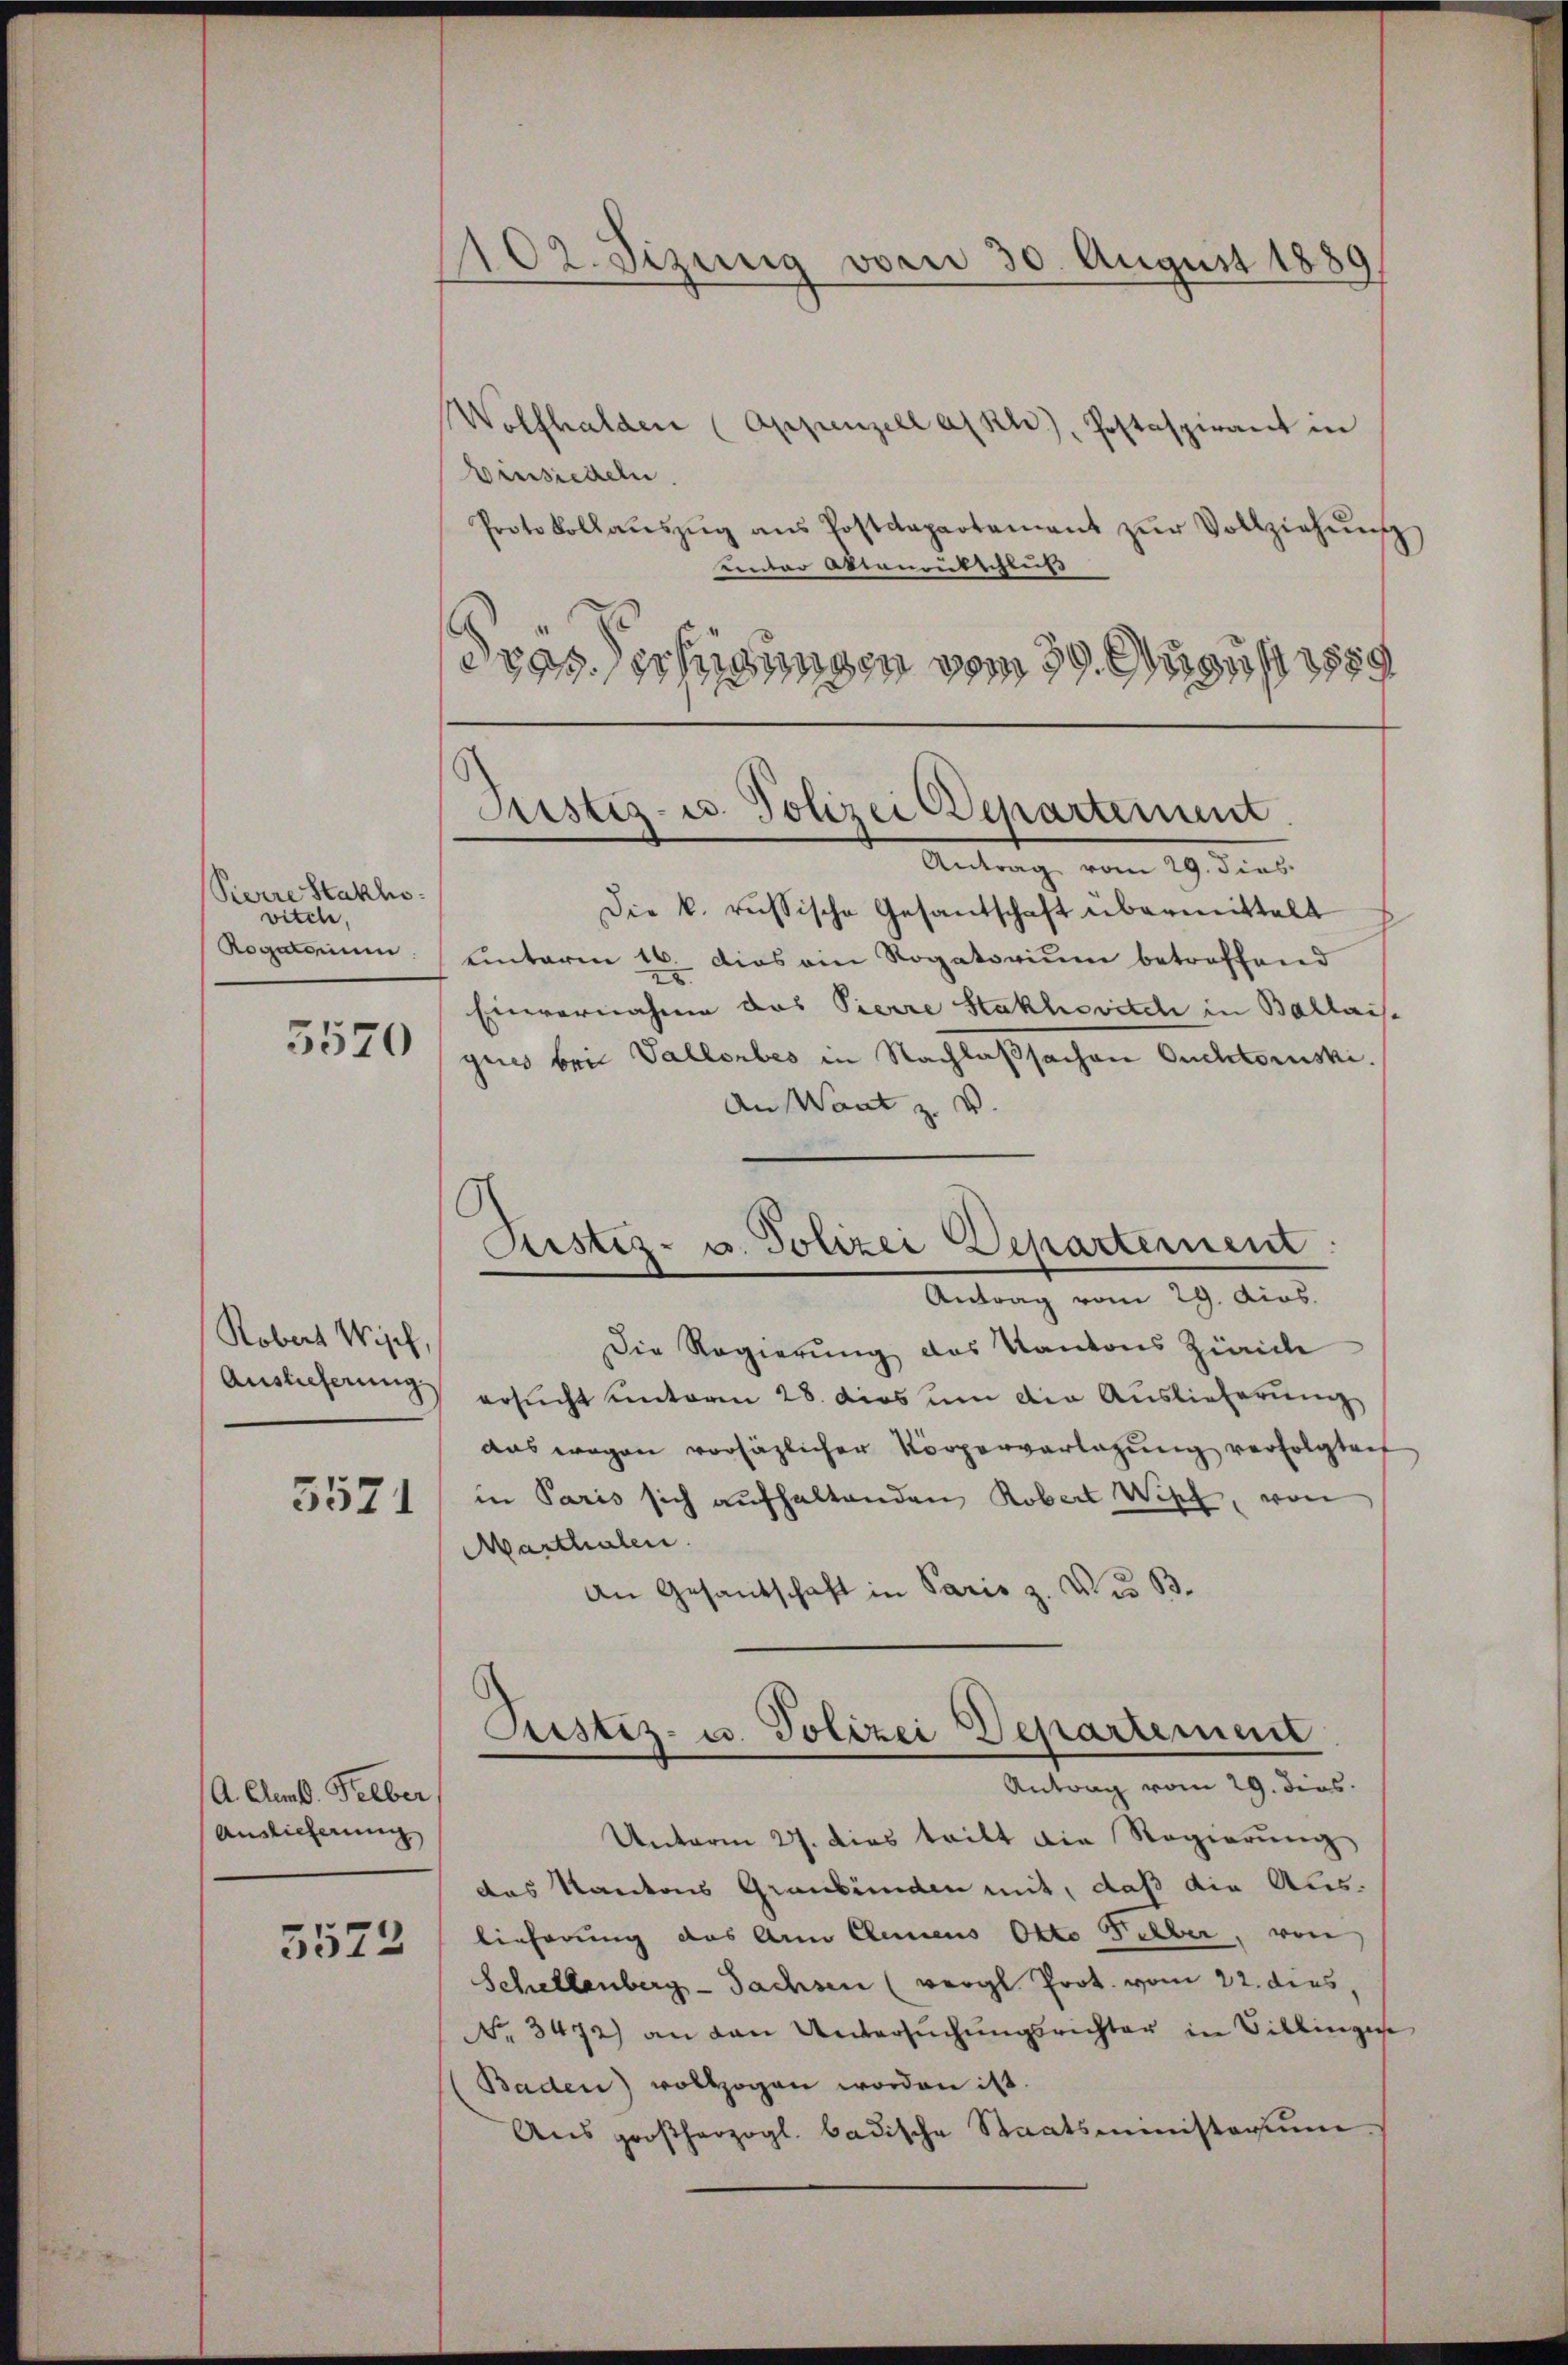
Kerre Stahls
vitch,
Rogatorium.

3570

Robers Wisch,

5521

A. Cand. Felber
Auslieferung
5573

102. Sizung vom 30. August 1889

Wolfhalden (Appenzell a/Rh.), Postaspirant in
Ainsiedeln.
Protokollaŭszŭg ans Postdepartement zŭr Vollziehŭng
unter Aktamentschluß

drassertigungen vom 29. No. 1889
Antrag vom 29. dies
Die k. russische Gesantschaft übermittelt
einterm 16. dies ein Rogatorium betreffend
Einvernahme das Pierre Stakhovich in Ballais.
gens bei Vallorbes in Nachlaßsachen Ouchteruski.
An Want z. v.
Antrag vom 29. Aios.
Die Regierung des Kantons Züric
Auslieferung ersucht unterm 28. dies um die Auslieferung
das wegen vorsätzlicher Körperverlegŭng verfolgten
in Paris sich aufhaltenden Robert Wipf, von
Marthalen.
An Gesandschaft in Paris z. V. B.
Justiz- u. Polizei Departement
Antrag vom 29. dies
Unterm 27. dies teilt die Regierung
des Kantons Graubünden mit, daß die Aus-
lieferung des Anm Clemens Otto Silber, von
Schellenberg-Sachsen (vergl. Prot. vom 22. dies,
No 3472) an den Untersŭchŭngsrichter in Billingis
Baden) vollzogen worden ist.
Aus großherzogl. badische Staatsministerium

Justiz- u. Polizei Departement.

Firstiz- u. Polizei Departement